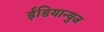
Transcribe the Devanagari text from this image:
ईंडियान्युज